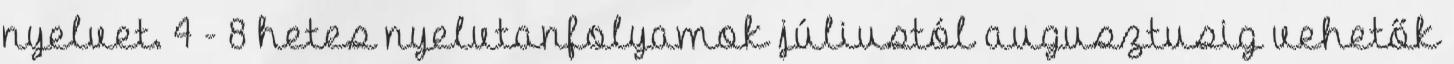
nyelvet. 4 - 8 hetes nyelvtanfolyamok júliustól augusztusig vehetők